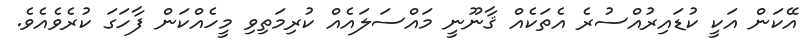
އޭކަން އަކީ ކުޑައިރުއްސުރެ އެތަކެއް ޤާނޫނީ މައްސަލައެއް ކުރިމަތިވި މީހެއްކަން ފާހަގަ ކުރެވެއެވެ.